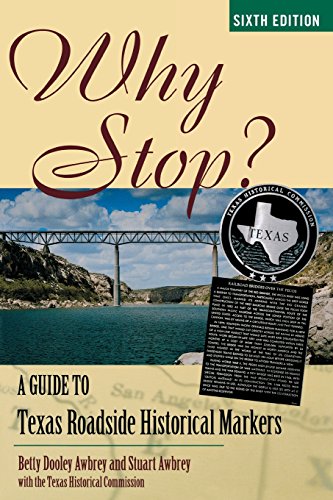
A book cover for Why Stop?: A Guide to Texas Roadside Historical Markers; Humor & Entertainment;